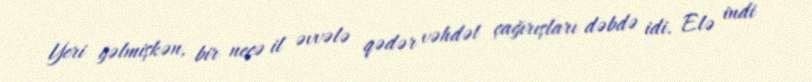
Yeri gəlmişkən, bir neçə il əvvələ qədər vəhdət çağırışları dəbdə idi. Elə indi